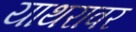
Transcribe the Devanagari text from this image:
याथरावर